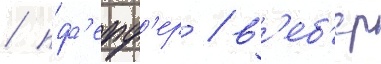
/ пф'ефф'ер / в'еб'ер